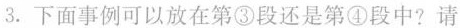
3下面事例可以放在第③段还是第④段中?请